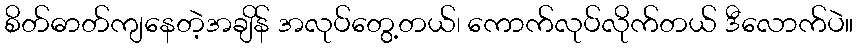
စိတ်ဓာတ်ကျနေတဲ့အချိန် အလုပ်တွေ့တယ်၊ ကောက်လုပ်လိုက်တယ် ဒီလောက်ပဲ။